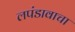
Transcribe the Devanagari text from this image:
लपंडावाचा